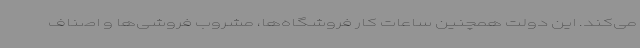
می‌کند. این دولت همچنین ساعات کار فروشگاه‌ها، مشروب فروشی‌ها و اصناف